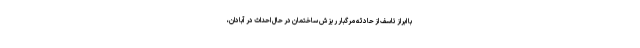
با ابراز تاسف از حادثه مرگبار ریزش ساختمان در حال احداث در آبادان،